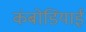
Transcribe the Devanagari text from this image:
कंबोडियाई